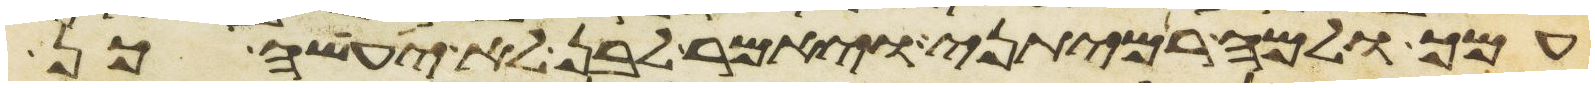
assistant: עמך ולמה רמיתני ויאמר לבן לא יעשה כן